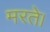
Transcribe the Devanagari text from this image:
मरते।